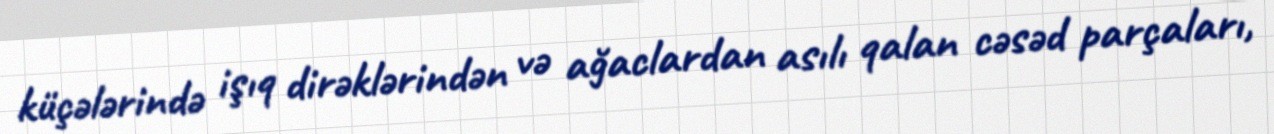
küçələrində işıq dirəklərindən və ağaclardan asılı qalan cəsəd parçaları,